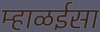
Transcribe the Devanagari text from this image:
म्हाळईसा